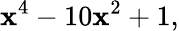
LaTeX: \mathbf{x}^{4}-10\mathbf{x}^{2}+1,